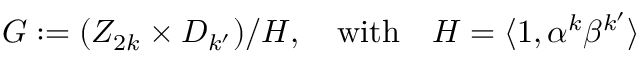
G : = ( Z _ { 2 k } \times D _ { k ^ { \prime } } ) / H , ~ ~ ~ \mathrm { w i t h } ~ ~ ~ H = \langle 1 , \alpha ^ { k } \beta ^ { k ^ { \prime } } \rangle